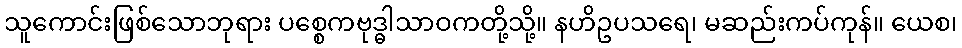
သူကောင်းဖြစ်သောဘုရား ပစ္စေကဗုဒ္ဓါသာဝကတို့သို့။ နဟိဥပသရေ၊ မဆည်းကပ်ကုန်။ ယေစ၊